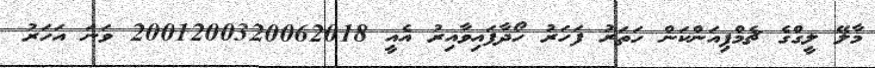
މާލޭ ލީގްގެ ޗެމްޕިއަންކަން ހަތަރު ފަހަރު ހޯދާފައިވާއިރު އެއީ 2001200320062018 ވަނަ އަހަރު